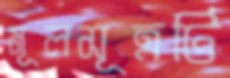
মূলসূত্রটি